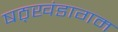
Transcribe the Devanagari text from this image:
षठ्खंडागम